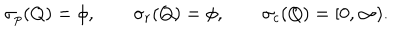
LaTeX: \sigma _ { p } ( Q ) = \phi , \qquad \sigma _ { r } ( Q ) = \phi , \qquad \sigma _ { c } ( Q ) = [ 0 , \infty ) .